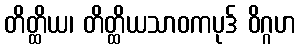
တိတ္ထိယ၊ တိတ္ထိယသာဝကပုဒ် ဝိဂ္ဂဟ